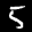
Label: 5